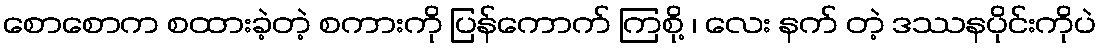
စောစောက စထားခဲ့တဲ့ စကားကို ပြန်ကောက် ကြစို့ ၊ လေး နက် တဲ့ ဒဿနပိုင်းကိုပဲ